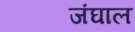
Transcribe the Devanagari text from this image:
जंघाल